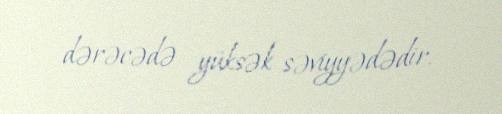
dərəcədə yüksək səviyyədədir.